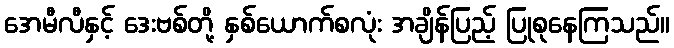
အေမီလီနှင့် ဒေးဗစ်တို့ နှစ်ယောက်စလုံး အချိန်ပြည့် ပြုစုနေကြသည်။